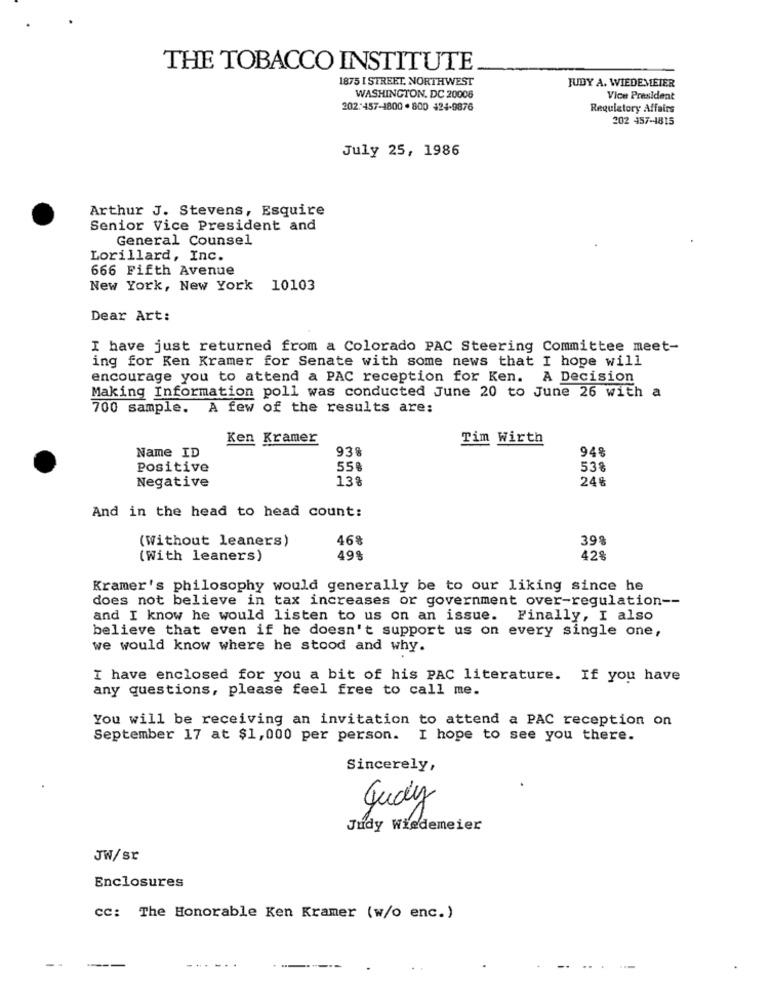
THE TOBACCO INSTITUTE
1875 I STREET, NORTHWEST
JUDY A. WIEDEMIETER
WASHINGTON, DC 20008
Vice President
202:457-1800 . 800 424-9876
Regulatory Affairs
202 457-4815
July 25, 1986
Arthur J. Stevens, Esquire
Senior Vice President and
General Counsel
Lorillard, Inc.
666 Fifth Avenue
New York, New York 10103
Dear Art:
I have just returned from a Colorado PAC Steering Committee meet-
ing for Ken Kramer for Senate with some news that I hope will
encourage you to attend a PAC reception for Ken. A Decision
Making Information poll was conducted June 20 to June 26 with a
700 sample. A few of the results are:
Ken Kramer
Tim Wirth
938
948
Name ID
Positive
558
53%
Negative
13%
246
And in the head to head count:
(Without leaners)
46%
398
(With leaners)
49%
42%
Kramer's philosophy would generally be to our liking since he
does not believe in tax increases or government over-regulation --
and I know he would listen to us on an issue. Finally, I also
believe that even if he doesn't support us on every single one,
we would know where he stood and why.
I have enclosed for you a bit of his PAC literature. If you have
any questions, please feel free to call me.
You will be receiving an invitation to attend a PAC reception on
September 17 at $1,000 per person. I hope to see you there.
Sincerely,
Guay
Judy Wiedemeier
JW/sr
Enclosures
CC: The Honorable Ken Kramer (w/o enc.)
--
--
-